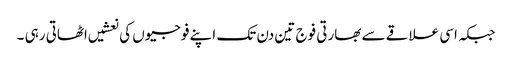
جبکہ اسی علاقے سے بھارتی فوج تین دن تک اپنے فوجیوں کی نعشیں اٹھاتی رہی ۔